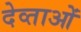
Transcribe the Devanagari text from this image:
देव्ताओं